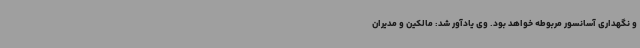
و نگهداری آسانسور مربوطه خواهد بود. وی یادآور شد: مالکین و مدیران